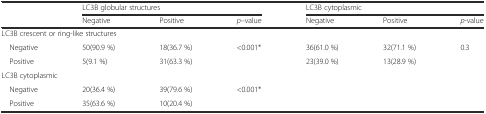
<table><thead><tr><td rowspan="2"></td><td colspan="3"><b>LC3B globular structures</b></td><td colspan="3"><b>LC3B cytoplasmic</b></td></tr><tr><td><b>Negative</b></td><td><b>Positive</b></td><td><b><i>p</i>–value</b></td><td><b>Negative</b></td><td><b>Positive</b></td><td><b><i>p</i>-value</b></td></tr></thead><tbody><tr><td colspan="7">LC3B crescent or ring-like structures</td></tr><tr><td> Negative</td><td>50(90.9 %)</td><td>18(36.7 %)</td><td rowspan="2">&lt;0.001*</td><td>36(61.0 %)</td><td>32(71.1 %)</td><td rowspan="2">0.3</td></tr><tr><td> Positive</td><td>5(9.1 %)</td><td>31(63.3 %)</td><td>23(39.0 %)</td><td>13(28.9 %)</td></tr><tr><td colspan="7">LC3B cytoplasmic</td></tr><tr><td> Negative</td><td>20(36.4 %)</td><td>39(79.6 %)</td><td rowspan="2">&lt;0.001*</td><td></td><td></td><td></td></tr><tr><td> Positive</td><td>35(63.6 %)</td><td>10(20.4 %)</td><td></td><td></td><td></td></tr></tbody></table>